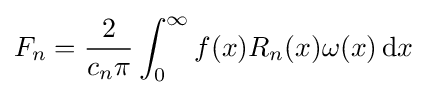
F_{n}={\frac {2}{c_{n}\pi }}\int _{0}^{\infty }f(x)R_{n}(x)\omega (x)\,\mathrm {d} x